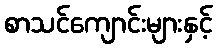
စာသင်ကျောင်းများနှင့်